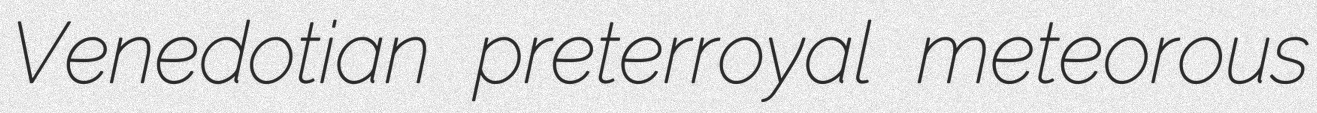
Venedotian preterroyal meteorous